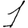
Digit: 1